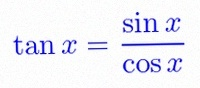
\tan x=\frac{\sin x}{\cos x}